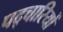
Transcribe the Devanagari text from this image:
पद्चारियों